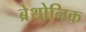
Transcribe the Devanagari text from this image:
ब्रेथोनिक